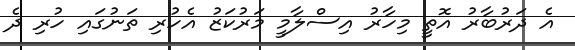
އެ ދަރުބާރު އޮތީ މިހާރު އިސްލާމީ މަރުކަޒު އެހުރި ތަނުގައި ހުރި ދެ